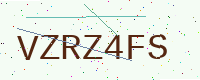
Text: VZRZ4FS